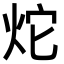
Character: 炨